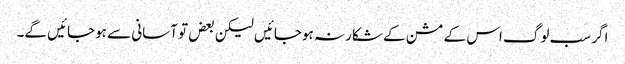
اگر سب لوگ اس کے مشن کے شکار نہ ہوجائیں لیکن بعض تو آسانی سے ہوجائیں گے۔